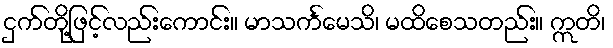
ငှက်တို့ဖြင့်လည်းကောင်း။ မာသင်္ကမေသိ၊ မထိစေသတည်း။ ဣတိ၊